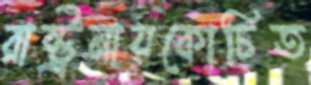
রাষ্ট্রনায়কোচিত